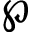
\wp